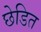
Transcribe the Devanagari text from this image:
छेडित